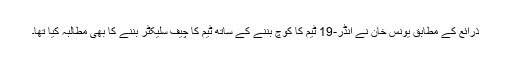
ذرائع کے مطابق یونس خان نے انڈر-19 ٹیم کا کوچ بننے کے ساتھ ٹیم کا چیف سلیکٹر بننے کا بھی مطالبہ کیا تھا۔